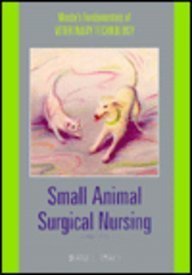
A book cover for Small Animal Surgical Nursing (Mosby's Fundamentals of Veterinary Technology); Medical Books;